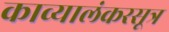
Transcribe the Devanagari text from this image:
काव्यालंकरसूत्र